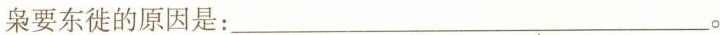
枭要东徙的原因是：___。